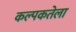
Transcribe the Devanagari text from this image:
कल्पकतेला